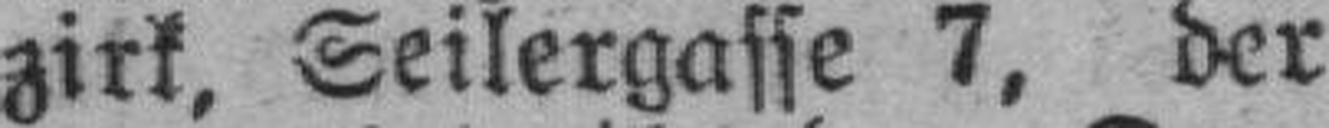
zirk, Seilergasse 7, der